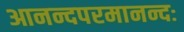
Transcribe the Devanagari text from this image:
आनन्दपरमानन्दः